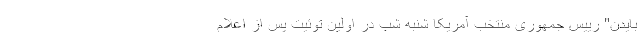
بایدن" رییس جمهوری منتخب آمریکا شنبه شب در اولین توئیت پس از اعلام